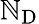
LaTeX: \mathbb{N}_{\mathrm{{D}}}